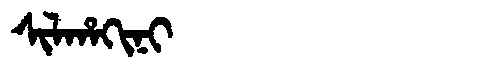
Manchu: ᠰᡳᠯᡥᠠᡴᡳᠨᡳ
Romanization: SILHAKINI